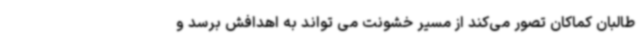
طالبان کماکان تصور می‌کند از مسیر خشونت می تواند به اهدافش برسد و